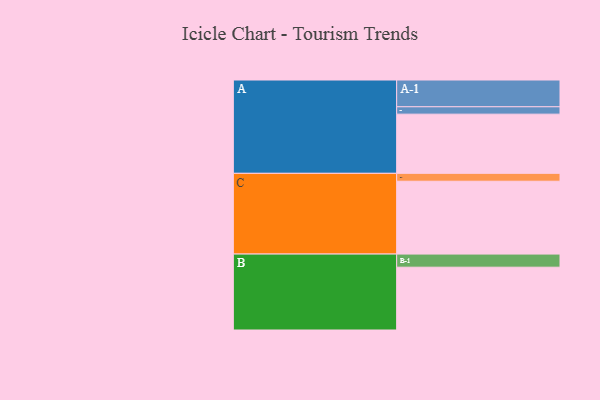
{"axis": {"x": "Segment", "y": "Value"}, "legend": ["", "A", "B", "C"], "data": [{"x": "A", "y": 442, "type": ""}, {"x": "B", "y": 469, "type": ""}, {"x": "C", "y": 544, "type": ""}, {"x": "A-1", "y": 200, "type": "A"}, {"x": "A-2", "y": 55, "type": "A"}, {"x": "B-1", "y": 98, "type": "B"}, {"x": "C-1", "y": 59, "type": "C"}]}